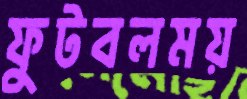
ফুটবলময়